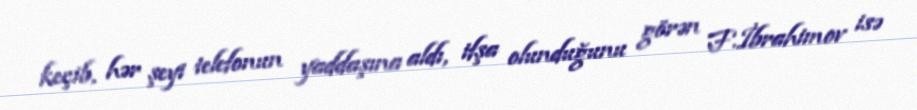
keçib, hər şeyi telefonun yaddaşına aldı, ifşa olunduğunu görən F.İbrahimov isə